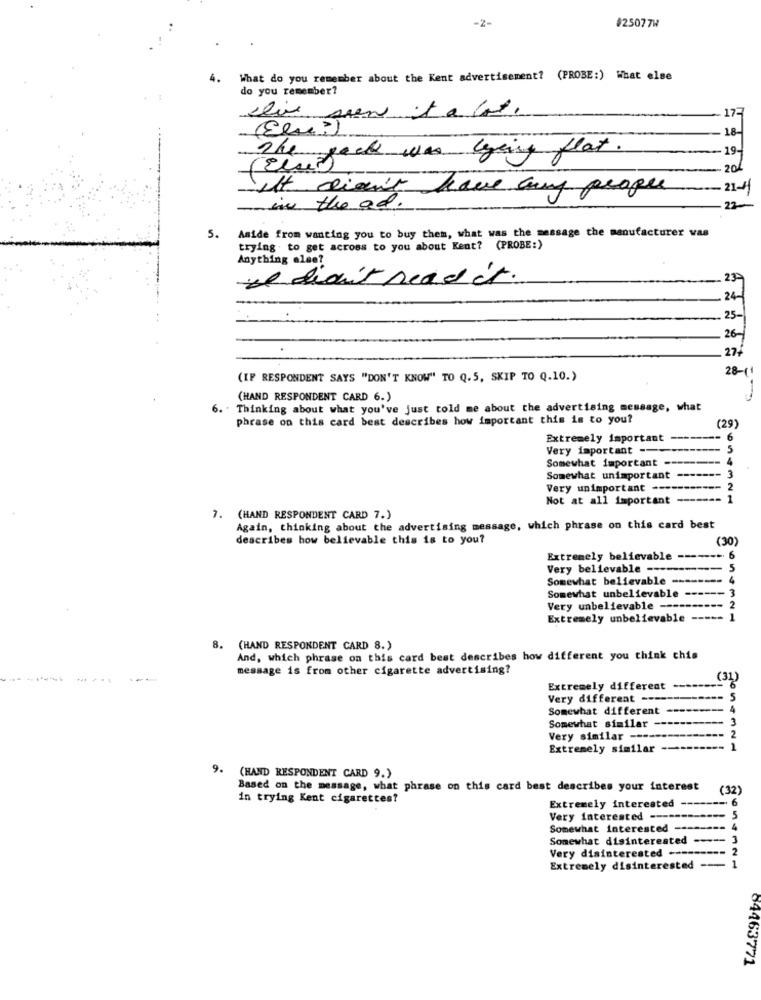
-2-
#25077W
What do you remember about the Kent advertisement? (PROBE:) What else
do you remember?
17-
18-
19-
The geek was lying flat.
201
Ift didn't have any people
- 21-1
sin the ad.
22-
Aside from wanting you to buy them, what was the message the manufacturer was
5.
trying to get across to you about Kent? (PROBE:)
Anything else?
El dieu't read it.
24
25-
26-
27,
28- 1
(IP RESPONDENT SAYS "DON'T KNOW" TO Q.5, SKIP TO Q.10.)
(HAND RESPONDENT CARD 6.)
6. Thinking about what you've just told me about the advertising message, what
phrase on this card best describes how important this is to you?
(29)
Extremely important
6
Very important ---
5
Somewhat important -
4
Somewhat unimportant
- 3
Very unimportant ----
2
Not at all important
1
7. (HAND RESPONDENT CARD 7.)
Again, thinking about the advertising message, which phrase on this card best
describes how believable this is to you?
(30)
Extremely believable ------ >
Very believable ----
Somewhat believable -------- 4
Somewhat unbelievable
Very unbelievable ----
Extremely unbelievable
8. (HAND RESPONDENT CARD 8.)
And, which phrase on this card best describes how different you think chis
message is from other cigarette advertising?
(31)
Extremely different
Very different ----
5
Somewhat different
4
3
Somewhat similar
Very similar ----
2
Extremely similar
1
9. (HAND RESPONDENT CARD 9.)
Based on the message, what phrase on this card best describes your interest
(32)
in trying Kent cigarettes?
Extremely interested --
Very Interested ------
Somewhat interested
Somewhat disinterested
3
2
Very disinterested ----
Extremely disinterested
1
64463771